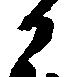
か